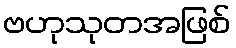
ဗဟုသုတအဖြစ်